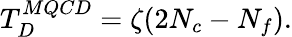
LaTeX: T_{D}^{MQCD}=\zeta(2N_{c}-N_{f}).